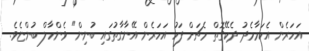
އަހަރެން އެކަމާމެދު ދެކޭގޮތް މެޗަށް ފަހު އަހަރެން އޭނާގާތުގައި ބުނިން" ވެންހާލް ބުންޏެވެ.